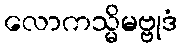
လောကသ္မိမဗ္ဗုဒံ